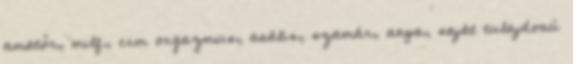
amatőr, milf, cim orgazmus, anális, szamár, anya, saját tulajdonú